Calcutta medical institutions reports 1892-1900
Year: 1892
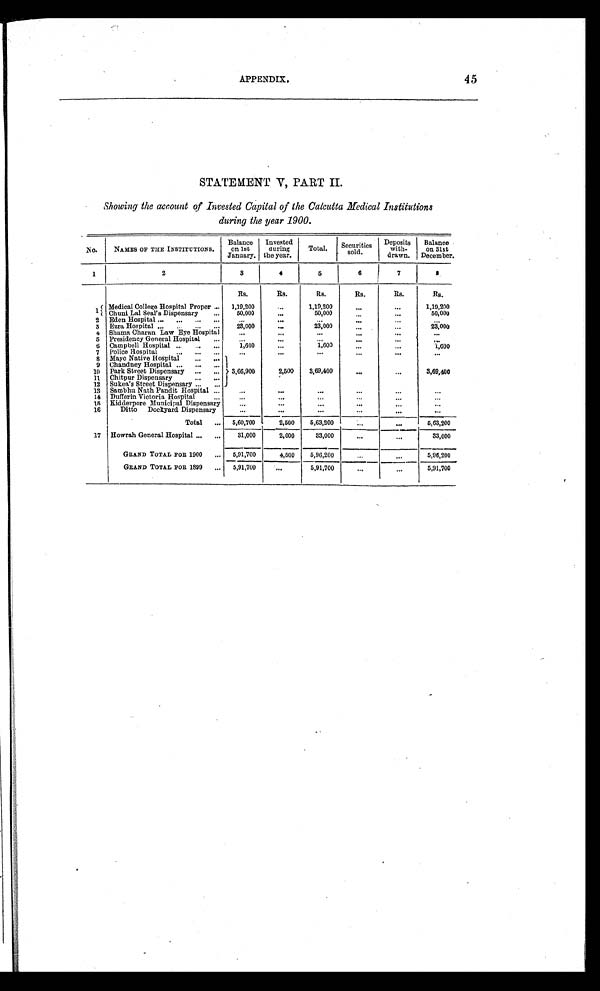
APPENDIX.
45
STATEMENT V, PART II.
Showing the account of Invested Capital of the Calcutta Medical Institutions
during the year 1900.
NO.
NAMES OF THE INSTITUTIONS.
Balance
on 1st
January.
Invested
during
the year.
Total. Securities
sold.
Deposits
with-
drawn.
Balance
on 31st
December.
1
2
3
4
5
6
7
8
Rs.
Rs.
Rs.
Rs.
Rs.
Rs.
1
Medical College Hospital Proper
1,19,200
. . .
1,19,200
. . .
...
1,19,200
Chuni Lal Seal's Dispensary
50,000
...
50,000
. . .
. . .
50,000
2 Eden Hospital
. . .
. . .
. . .
...
. . .
. . .
3 Ezra Hospital
23,000
. . .
23,000
...
. . .
23,000
4
Shama Charan Law Eye Hospital
. . .
. . .
. . .
. . .
. . .
. . .
5 Presidency General Hospital
. . .
. . .
. . .
. . .
. . .
. . .
6
Campbell Hospital
1,600
. . .
1,600
. . .
. . .
1 , 6 0 0
7 Police Hospital
. . .
. . .
...
...
. . .
. . .
8 Mayo Native Hospital
3,66,900
2,500
3,69,400
. . .
. . .
3,69,400
9 Chandney Hospital
10 Park Street Dispensary
1 1
Chitpur Dispensary
12 Sukea's Street Dispensary
13 Sambhu Nath Pandit Hospital
. . .
. . .
. . .
. . .
. . .
...
14 Dufferin Victoria Hospital
. . .
...
...
...
. . .
...
1 5
Kidderpore Municipal Dispensary
. . .
...
. . .
. . .
. . .
. . .
16
Ditto Dockyard Dispensary
...
...
...
...
. . .
...
Total
5,60,700
2,500
5,63,200
. . .
. . .
5,63,200
17 Howrah General Hospital
31,000
2,000
33,000
. . .
...
33,000
GRAND TOTAL FOR 1900
5,91,700
4,500
5,96,200
...
. . .
5,96,200
GRAND TOTAL FOR 1899
5,91,700
. . .
5,91,700
. . .
. . .
5,91,700